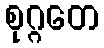
စုဂ္ဂတေ